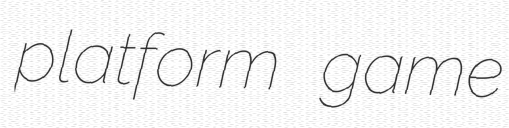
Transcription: platform game